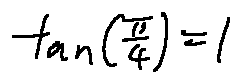
\tan ( \frac { \pi } { 4 } ) = 1